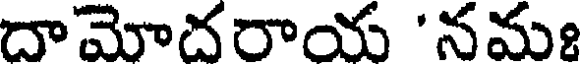
దామోదరాయ 'నమః